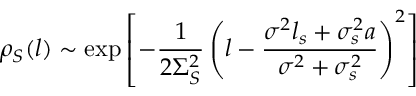
\rho _ { S } ( l ) \sim \exp \left[ - \frac { 1 } { 2 \Sigma _ { S } ^ { 2 } } \left( l - \frac { \sigma ^ { 2 } l _ { s } + \sigma _ { s } ^ { 2 } a } { \sigma ^ { 2 } + \sigma _ { s } ^ { 2 } } \right) ^ { 2 } \right]